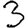
Digit: 3